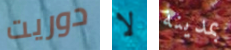
دوريت لا بمدينة